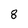
Character: 8